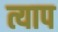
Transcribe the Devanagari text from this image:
त्याप